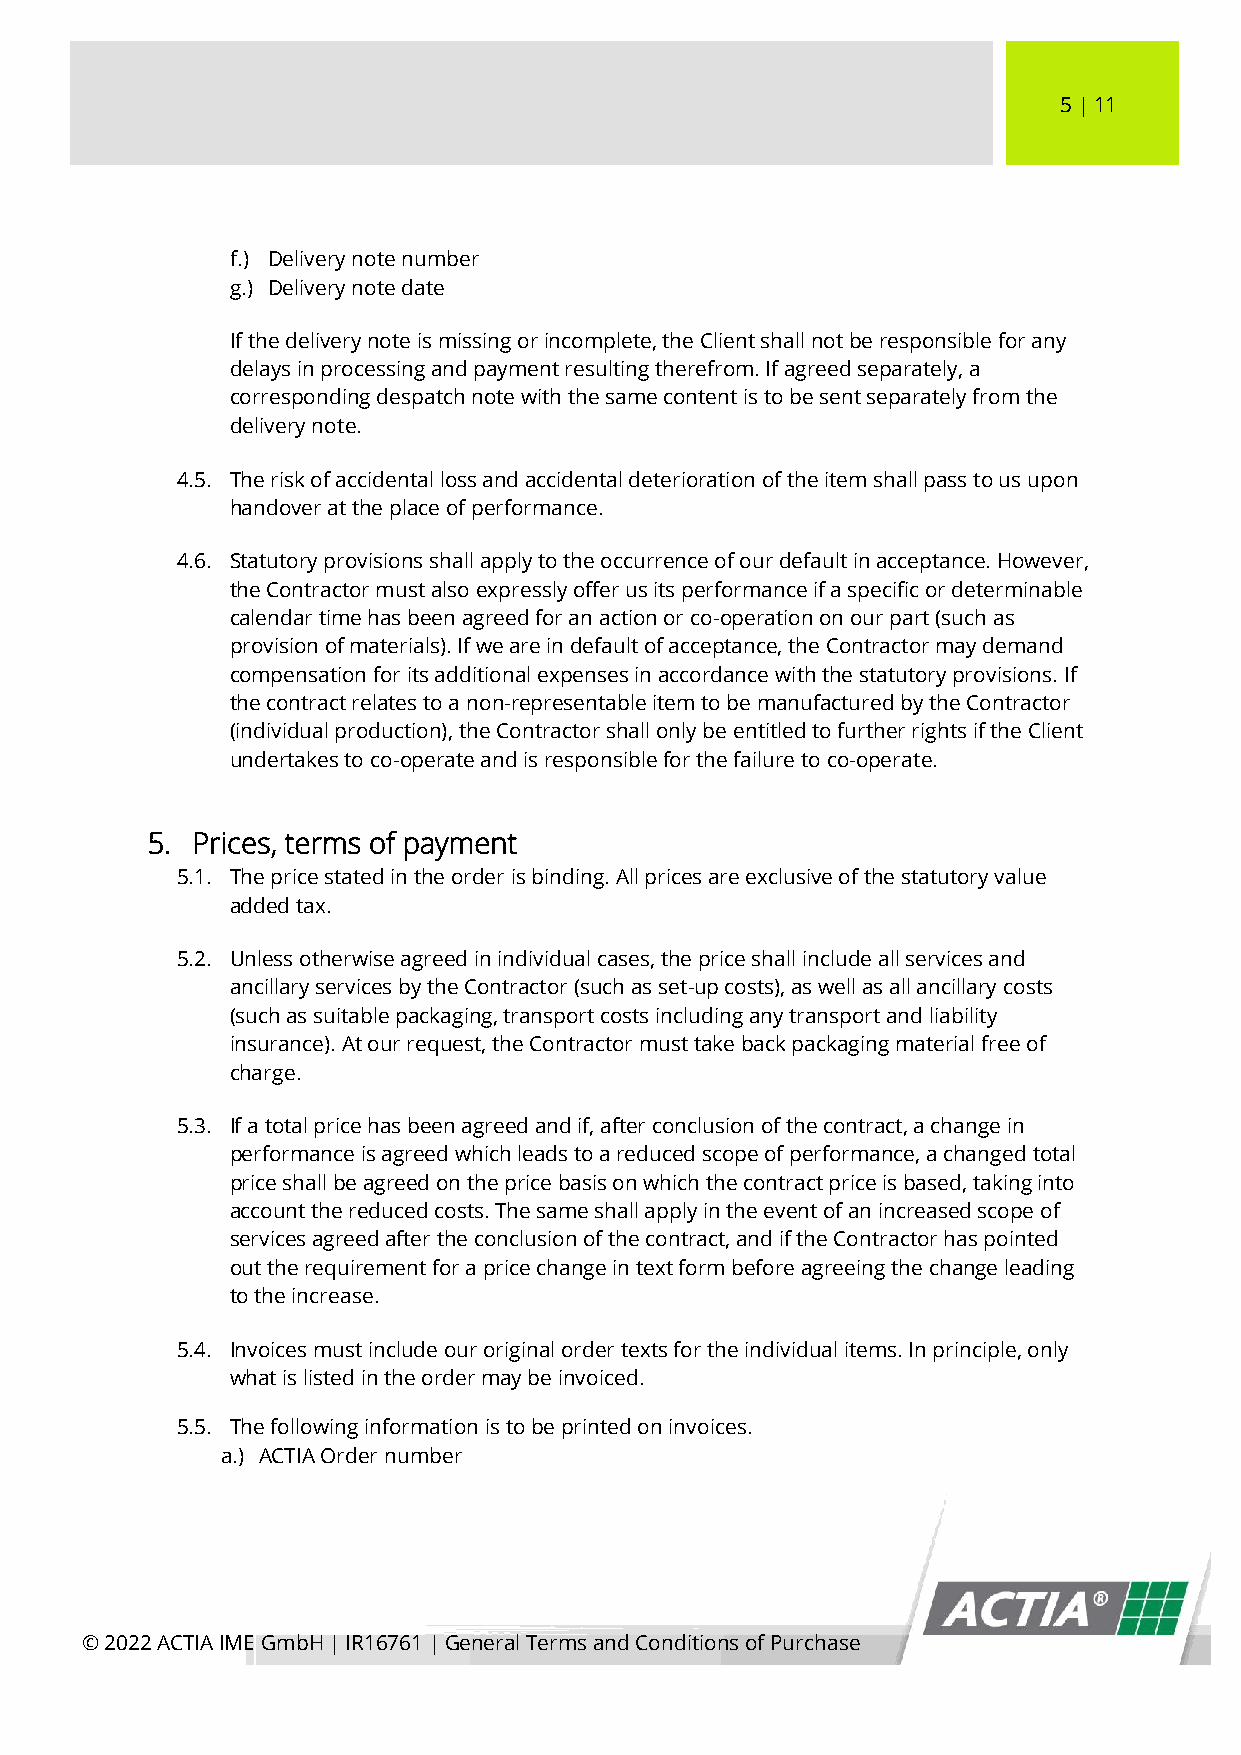
5 │ 11
 f.) Delivery note number
 g.) Delivery note date
 If the delivery note is missing or incomplete, the Client shall not be responsible for any
 delays in processing and payment resulting therefrom. If agreed separately, a
 corresponding despatch note with the same content is to be sent separately from the
 delivery note.
 4.5. The risk of accidental loss and accidental deterioration of the item shall pass to us upon
 handover at the place of performance.
 4.6. Statutory provisions shall apply to the occurrence of our default in acceptance. However,
 the Contractor must also expressly offer us its performance if a specific or determinable
 calendar time has been agreed for an action or co-operation on our part (such as
 provision of materials). If we are in default of acceptance, the Contractor may demand
 compensation for its additional expenses in accordance with the statutory provisions. If
 the contract relates to a non-representable item to be manufactured by the Contractor
 (individual production), the Contractor shall only be entitled to further rights if the Client
 undertakes to co-operate and is responsible for the failure to co-operate.
 5. Prices, terms of payment
 5.1. The price stated in the order is binding. All prices are exclusive of the statutory value
 added tax.
 5.2. Unless otherwise agreed in individual cases, the price shall include all services and
 ancillary services by the Contractor (such as set-up costs), as well as all ancillary costs
 (such as suitable packaging, transport costs including any transport and liability
 insurance). At our request, the Contractor must take back packaging material free of
 charge.
 5.3. If a total price has been agreed and if, after conclusion of the contract, a change in
 performance is agreed which leads to a reduced scope of performance, a changed total
 price shall be agreed on the price basis on which the contract price is based, taking into
 account the reduced costs. The same shall apply in the event of an increased scope of
 services agreed after the conclusion of the contract, and if the Contractor has pointed
 out the requirement for a price change in text form before agreeing the change leading
 to the increase.
 5.4. Invoices must include our original order texts for the individual items. In principle, only
 what is listed in the order may be invoiced.
 5.5. The following information is to be printed on invoices.
 a.) ACTIA Order number
 © 2022 ACTIA IME GmbH │ IR16761 │ General Terms and Conditions of Purchase